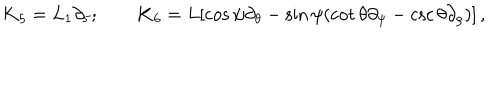
{ \bf K } _ { 5 } = L _ { 1 } \partial _ { 5 } ; \qquad { \bf K } _ { 6 } = L [ \cos \psi \partial _ { \theta } - \sin \psi ( \cot \theta \partial _ { \psi } - \csc \theta \partial _ { \rho } ) ] \, ,